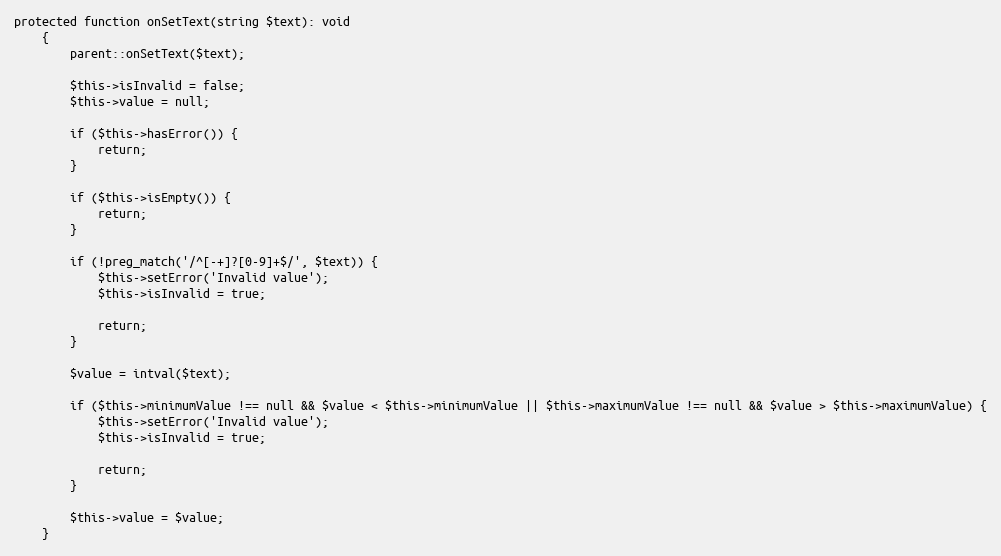
Language: PHP
protected function onSetText(string $text): void
    {
        parent::onSetText($text);

        $this->isInvalid = false;
        $this->value = null;

        if ($this->hasError()) {
            return;
        }

        if ($this->isEmpty()) {
            return;
        }

        if (!preg_match('/^[-+]?[0-9]+$/', $text)) {
            $this->setError('Invalid value');
            $this->isInvalid = true;

            return;
        }

        $value = intval($text);

        if ($this->minimumValue !== null && $value < $this->minimumValue || $this->maximumValue !== null && $value > $this->maximumValue) {
            $this->setError('Invalid value');
            $this->isInvalid = true;

            return;
        }

        $this->value = $value;
    }